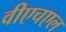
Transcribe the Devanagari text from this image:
वीएचएल